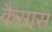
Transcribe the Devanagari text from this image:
कैसास